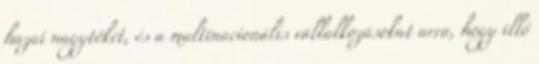
hazai nagytőkét, és a multinacionális vállalkozásokat arra, hogy illő